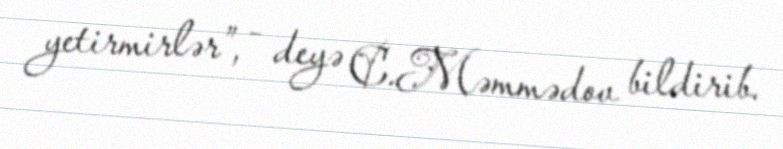
yetirmirlər”, - deyə C.Məmmədov bildirib.